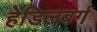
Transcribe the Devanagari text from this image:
हेडिलबर्ग